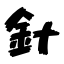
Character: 針